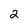
Character: 2